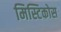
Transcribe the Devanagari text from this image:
मिस्टिकोस